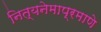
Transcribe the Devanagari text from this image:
नित्यनेमाप्रमाणे